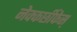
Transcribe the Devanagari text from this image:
नेक्कर्छीफेस्